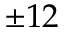
\pm 1 2